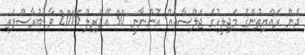
ދެން ރައްޔިތުންގެ މަޖިލީހުގެ ޖަލްސާއެއް އޮންނާނީ 30 އޭޕްރިލް 2015 ވާ ބުރާސްފަތި